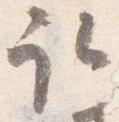
取